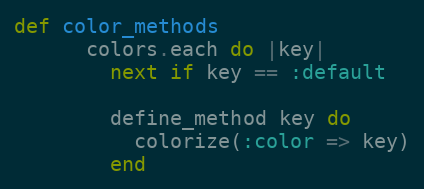
Language: Ruby
def color_methods
      colors.each do |key|
        next if key == :default

        define_method key do
          colorize(:color => key)
        end